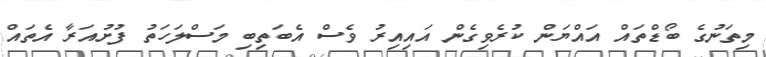
މިތަނުގެ ބޯޑްތައް އައްޔަން ކުރެވިގެން އައިއިރު ވެސް އެބަތިބި މަސްލަހަތު ފުށުއަރާ އެތައް